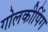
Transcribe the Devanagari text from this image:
गोलकीपिंग